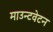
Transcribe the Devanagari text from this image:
माउन्टवेटन